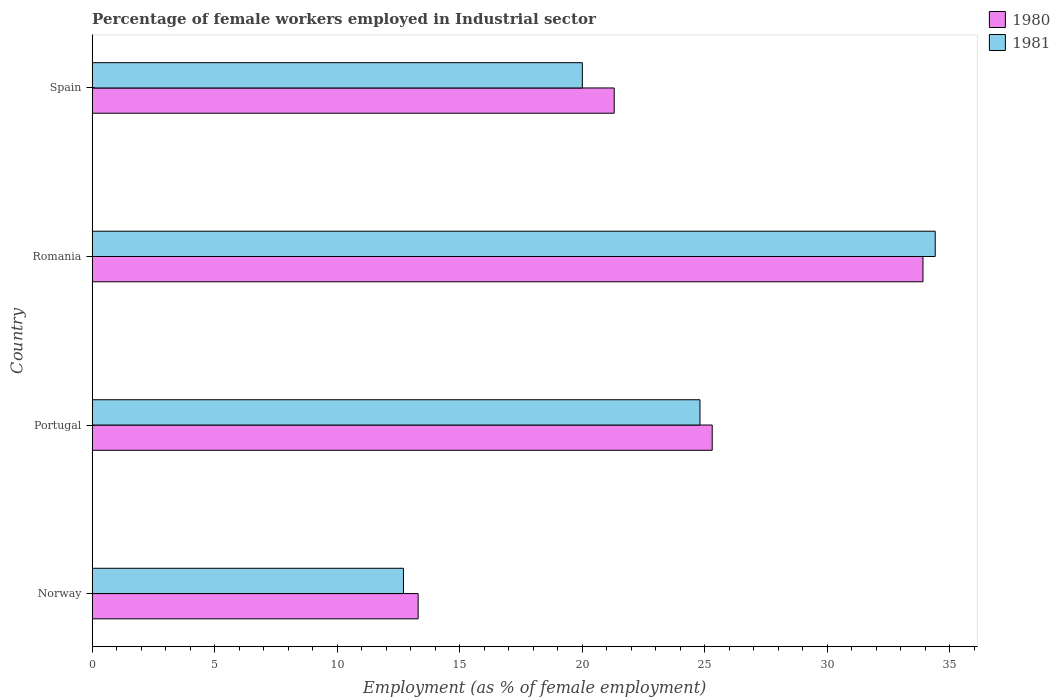
| Country | 1980 | 1981 |
 | --- | --- | --- |
 | Norway | 13.3 | 12.7 |
 | Portugal | 25.3 | 24.8 |
 | Romania | 33.9 | 34.4 |
 | Spain | 21.3 | 20 |